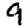
Digit: 9